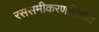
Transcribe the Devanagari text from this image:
रससमीकरणमितीय